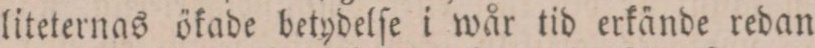
liteternas ökade betydelſe i wår tid erkände redan